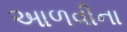
આળવીના